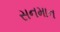
સનમાન